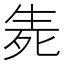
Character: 𱰗